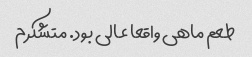
طعم ماهی واقعا عالی بود. متشکرم